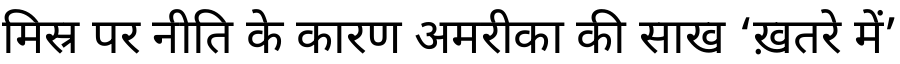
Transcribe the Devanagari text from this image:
मिस्र पर नीति के कारण अमरीका की साख ‘ख़तरे में’